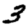
Digit: 3